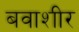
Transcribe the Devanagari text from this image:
बवाशीर